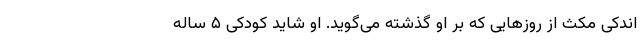
اندکی مکث از روزهایی که بر او گذشته می‌گوید. او شاید کودکی ۵ ساله